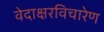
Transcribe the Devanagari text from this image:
वेदाक्षरविचारेण